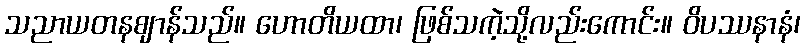
သညာယတနဈာန်သည်။ ဟောတိယထာ၊ ဖြစ်သကဲ့သို့လည်းကောင်း။ ဝိပဿနာနံ၊